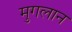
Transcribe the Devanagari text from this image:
मुगलान